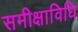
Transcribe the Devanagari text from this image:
समीक्षाविधि